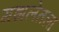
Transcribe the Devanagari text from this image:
गझलेतला